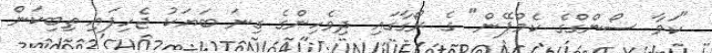
"ކަވާ ސޯންގްގެ ކެމްޕޭން" ގެ ރޯގާގައި ދިވެހިންގެ ގިނަ ބަޔަކު ޖެހިފައި ތިބިކަން